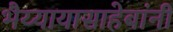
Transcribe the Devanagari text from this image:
भैय्यायासाहेबांनी